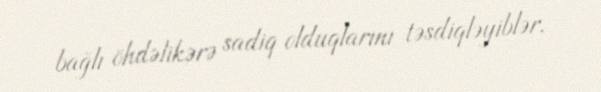
bağlı öhdəlikərə sadiq olduqlarını təsdiqləyiblər.